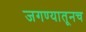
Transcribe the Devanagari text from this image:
जगण्यातूनच